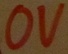
Text: 0V